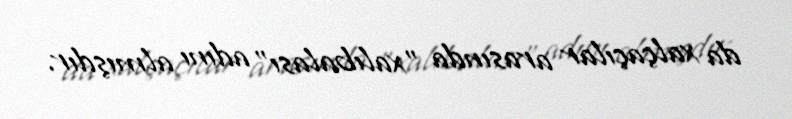
da xalçaçılar arasında "xalıbalası" adını almışdır.